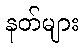
နတ်များ